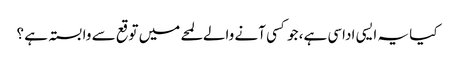
کیا یہ ایسی اداسی ہے، جو کسی آنے والے لمحے میں توقع سے وابستہ ہے ؟